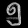
Digit: ၅